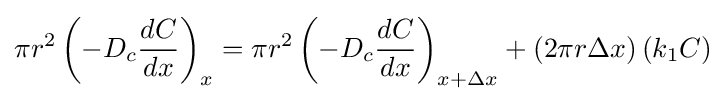
{\pi }r^{2}\left(-D_{c}{\frac {dC}{dx}}\right)_{x}={\pi }r^{2}\left(-D_{c}{\frac {dC}{dx}}\right)_{x+{\Delta }x}+\left(2{\pi }r{\Delta }x\right)\left(k_{1}C\right)